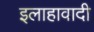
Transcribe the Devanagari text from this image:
इलाहावादी